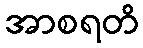
အာစရတိ